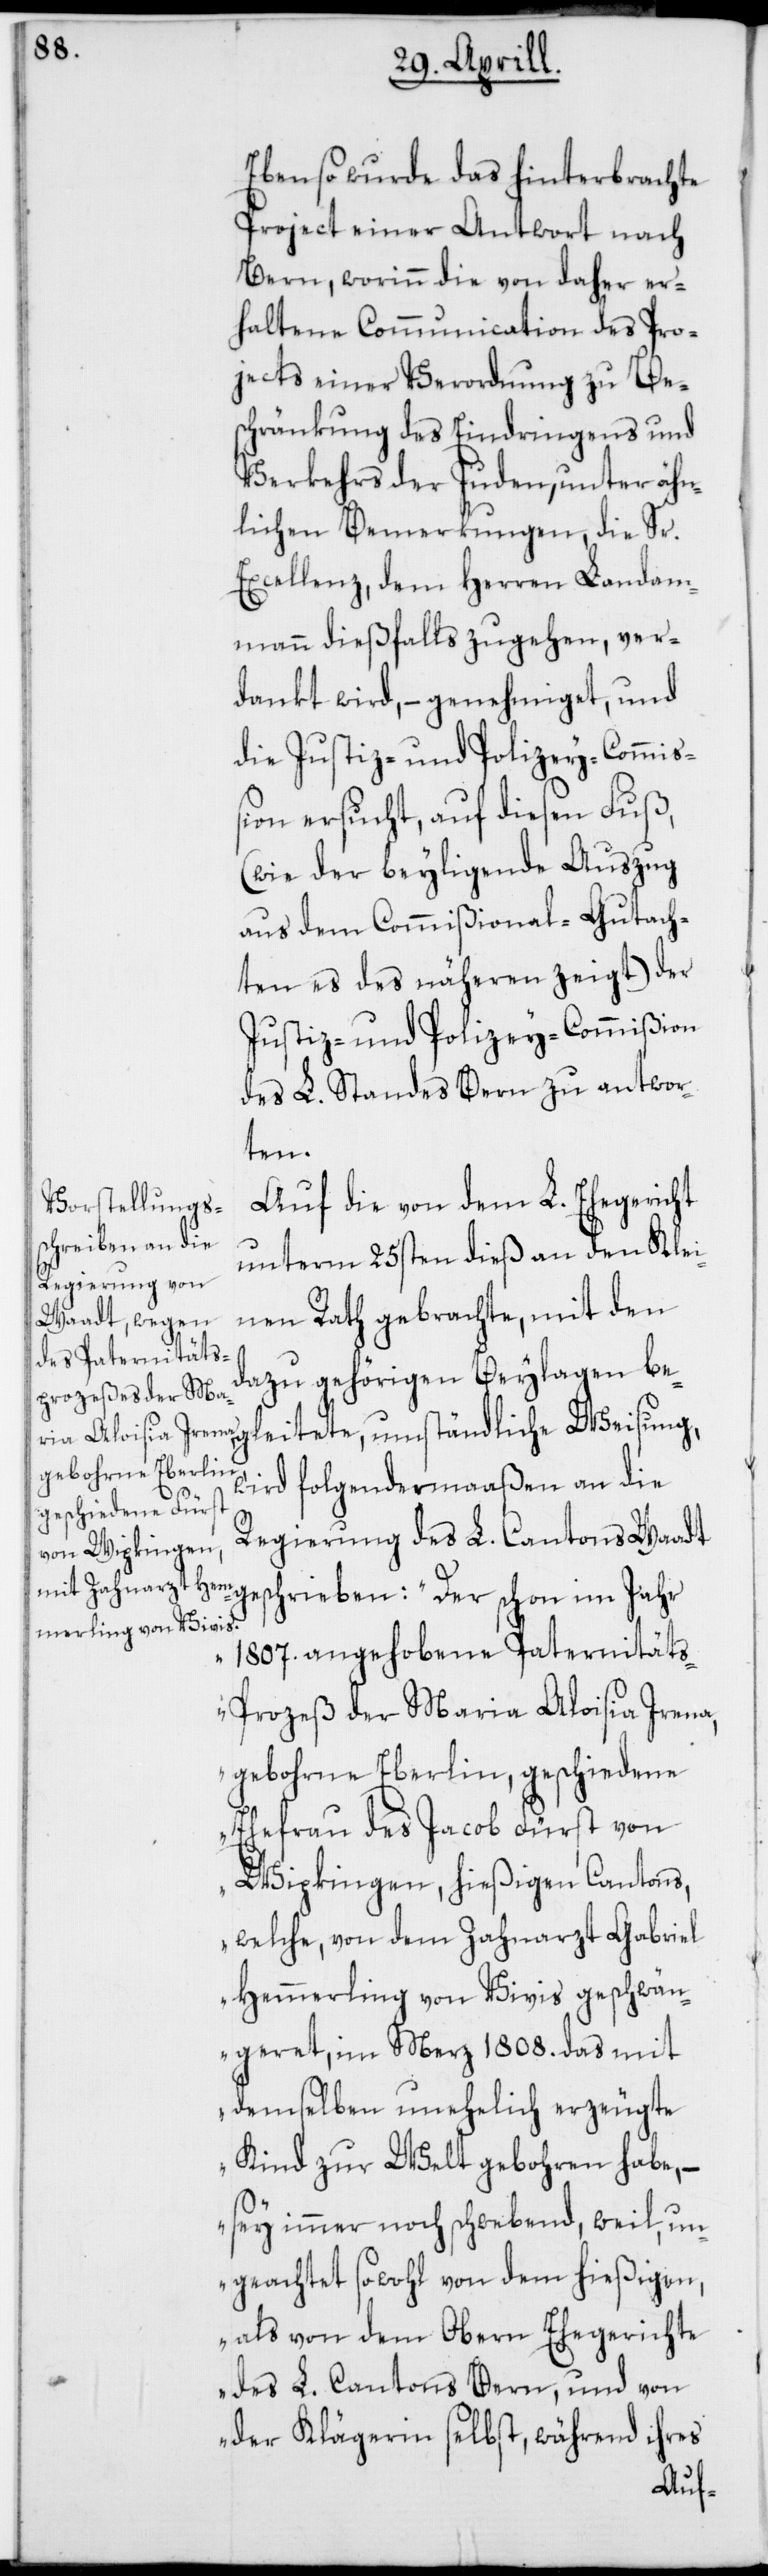
Ebenso wurde das hinterbrachte
Project einer Antwort nach
Bern, worinn die von daher er¬
haltene Communication des Pro¬
jects einer Verordnung zu Be¬
schränkung des Eindringens und
Verkehrs der Juden, unter ähn¬
lichen Bemerkungen, die Sr.
Excellenz, dem Herren Landam¬
mann dießfalls zugehen, ver¬
dankt wird, – genehmiget, und
die Justiz- und Polizey-Commiß¬
ion ersucht, auf diesen Fuß,
(wie der beyligende Auszug
aus dem Commißional-Gutach¬
ten es des näheren zeigt) der
Justiz- und Polizey-Commißion
des L. Standes Bern zu antwor¬
ten.
Auf die von dem L. Ehegericht
unterm 25sten dieß an den Klei¬
nen Rath gebrachte, mit den
dazu gehörigen Beylagen be¬
gleitete, umständliche Weisung,
wird folgendermaßen an die
Regierung des L. Cantons Waadt
geschrieben: „Der schon im Jahr
1807. angehobene Paternität¬
s-Prozeß der Maria Aloisia Irena,
gebohrne Eberlin, geschiedene
Ehefrau des Jacob Fürst von
Wipkingen, hießigen Cantons,
welche, von dem Zahnarzt Gabriel
Hemmerling von Vivis geschwän¬
geret, im Merz 1808. das mit
demselben unehelich erzeugte
Kind zur Welt gebohren habe, –
sey immer noch schwebend, weil un¬
geachtet sowohl von dem hießigen,
als von dem Oberen Ehegerichte
des L. Cantons Bern, und von
der Klägerin selbst, während ihres